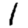
Digit: 1